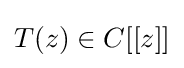
{\textstyle T(z)\in C[[z]]}